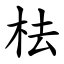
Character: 㭕